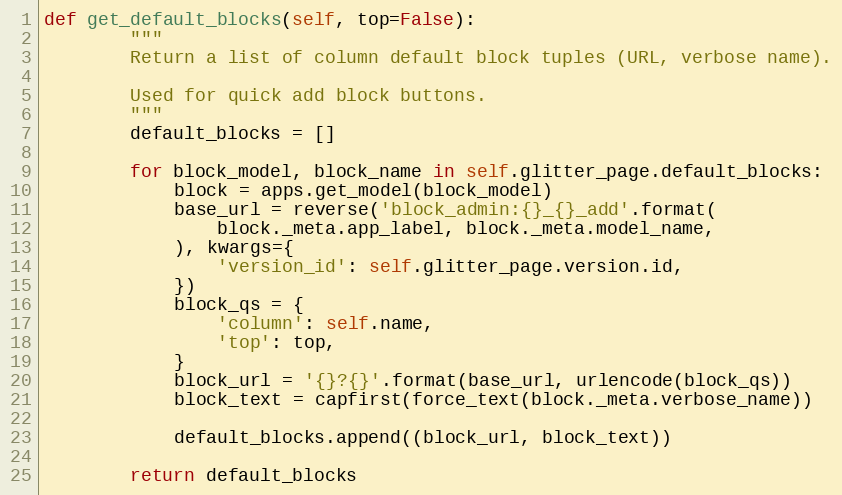
Language: Python
def get_default_blocks(self, top=False):
        """
        Return a list of column default block tuples (URL, verbose name).

        Used for quick add block buttons.
        """
        default_blocks = []

        for block_model, block_name in self.glitter_page.default_blocks:
            block = apps.get_model(block_model)
            base_url = reverse('block_admin:{}_{}_add'.format(
                block._meta.app_label, block._meta.model_name,
            ), kwargs={
                'version_id': self.glitter_page.version.id,
            })
            block_qs = {
                'column': self.name,
                'top': top,
            }
            block_url = '{}?{}'.format(base_url, urlencode(block_qs))
            block_text = capfirst(force_text(block._meta.verbose_name))

            default_blocks.append((block_url, block_text))

        return default_blocks